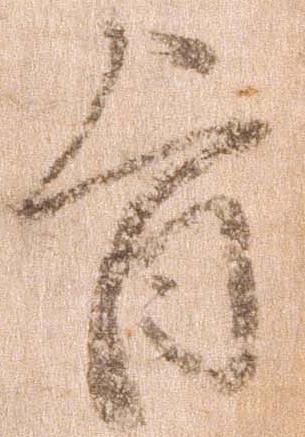
旨